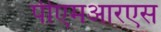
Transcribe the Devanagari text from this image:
पीएमआरएस